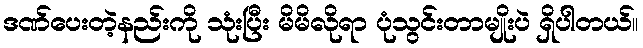
ဒဏ်ပေးတဲ့နည်းကို သုံးပြီး မိမိလိုရာ ပုံသွင်းတာမျိုးပဲ ရှိပါတယ်။